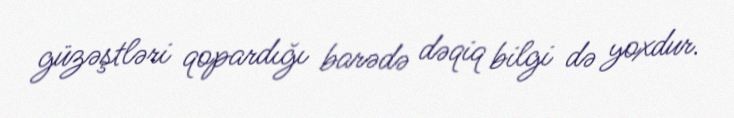
güzəştləri qopardığı barədə dəqiq bilgi də yoxdur.